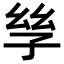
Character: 𡥝